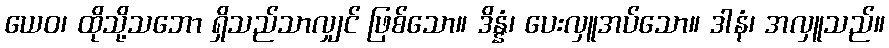
ယေဝ၊ ထိုသို့သဘော ရှိသည်သာလျှင် ဖြစ်သော။ ဒိန္နံ၊ ပေးလှူအပ်သော။ ဒါနံ၊ အလှူသည်။